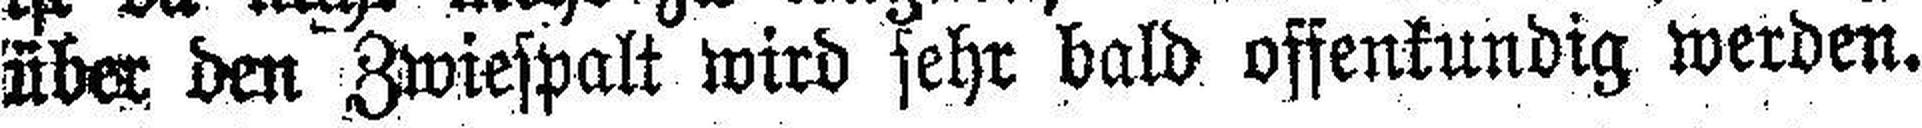
über den Zwiespalt wird sehr bald offenkundig werden.